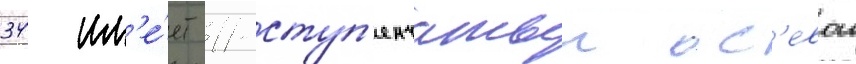
34 им'е́ет 11-ступ'енчатыи ос'евои